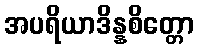
အပရိယာဒိန္နစိတ္တော